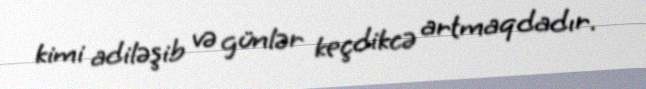
kimi adiləşib və günlər keçdikcə artmaqdadır.